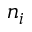
n _ { i }